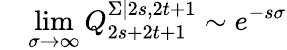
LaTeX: \quad\operatorname*{lim}_{\sigma\rightarrow\infty}Q_{2s+2t+1}^{\Sigma|2s,2t+1}\sim e^{-s\sigma}